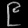
Digit: ၉